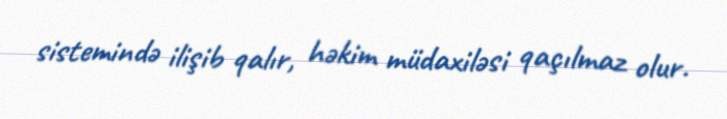
sistemində ilişib qalır, həkim müdaxiləsi qaçılmaz olur.